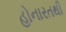
હોનારતથી